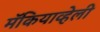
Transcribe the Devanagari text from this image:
मॅकियाव्हेली